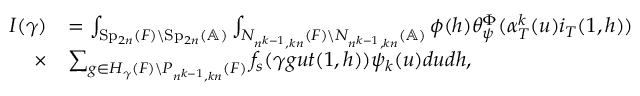
\begin{array} { r l } { I ( \gamma ) } & { = \int _ { \mathrm { S p } _ { 2 n } ( F ) \backslash \mathrm { S p } _ { 2 n } ( \mathbb { A } ) } \int _ { N _ { n ^ { k - 1 } , k n } ( F ) \backslash N _ { n ^ { k - 1 } , k n } ( \mathbb { A } ) } \phi ( h ) \theta _ { \psi } ^ { \Phi } ( \alpha _ { T } ^ { k } ( u ) i _ { T } ( 1 , h ) ) } \\ { \times } & { \sum _ { g \in H _ { \gamma } ( F ) \backslash P _ { n ^ { k - 1 } , k n } ( F ) } f _ { s } ( \gamma g u t ( 1 , h ) ) \psi _ { k } ( u ) d u d h , } \end{array}